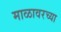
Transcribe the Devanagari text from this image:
माळावरच्या